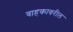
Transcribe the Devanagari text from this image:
वाहकावरील